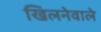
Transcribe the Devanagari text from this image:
खिलनेवाले